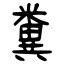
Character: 糞